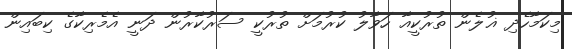
މިކަމާހެދި ޣުލެން ތުރުކީއާ ހަވާލު ކުރުމަށް ތުރުކީ ސަރުކާރުން ދަނީ އެމެރިކާގެ ކިބައިން